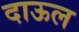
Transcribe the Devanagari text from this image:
दाऊल